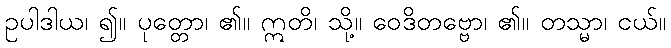
ဥပါဒါယ၊ ၍။ ပုတ္တော၊ ၏။ ဣတိ၊ သို့။ ဝေဒိတဗ္ဗော၊ ၏။ တသ္မာ၊ ငယ်။